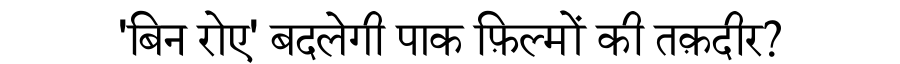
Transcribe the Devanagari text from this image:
'बिन रोए' बदलेगी पाक फ़िल्मों की तक़दीर?